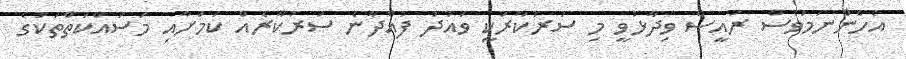
އެހެންނަމަވެސް ރައީސް ވިދާޅުވީ މި ސަރުކާރަކީ ވައުދު ފުއްދާނެ ސަރުކާރެއް ކަމަށާއި މަސައްކަތްތަކުގެ